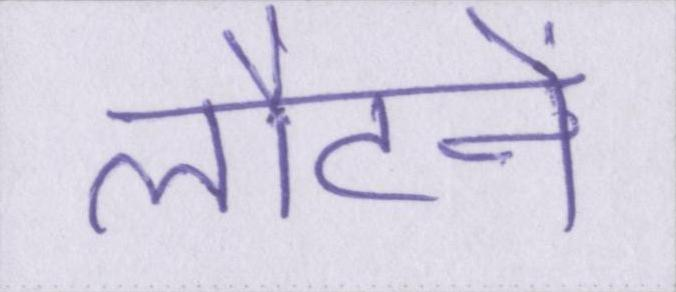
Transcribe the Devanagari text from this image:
लौटने